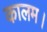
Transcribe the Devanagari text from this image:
कालम।